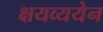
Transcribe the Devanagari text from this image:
क्षयव्ययेन